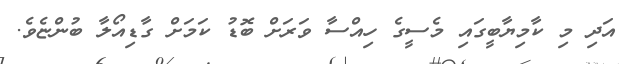
އަދި މި ކާމިޔާބީގައި މެސީގެ ހިއްސާ ވަރަށް ބޮޑު ކަމަށް ގާޑިއޯލާ ބުންޏެވެ.